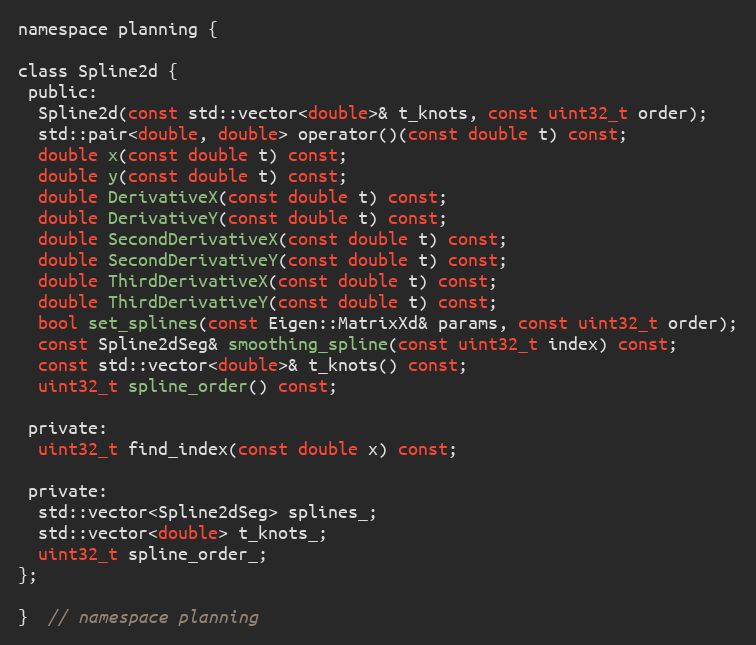
Language: C
namespace planning {

class Spline2d {
 public:
  Spline2d(const std::vector<double>& t_knots, const uint32_t order);
  std::pair<double, double> operator()(const double t) const;
  double x(const double t) const;
  double y(const double t) const;
  double DerivativeX(const double t) const;
  double DerivativeY(const double t) const;
  double SecondDerivativeX(const double t) const;
  double SecondDerivativeY(const double t) const;
  double ThirdDerivativeX(const double t) const;
  double ThirdDerivativeY(const double t) const;
  bool set_splines(const Eigen::MatrixXd& params, const uint32_t order);
  const Spline2dSeg& smoothing_spline(const uint32_t index) const;
  const std::vector<double>& t_knots() const;
  uint32_t spline_order() const;

 private:
  uint32_t find_index(const double x) const;

 private:
  std::vector<Spline2dSeg> splines_;
  std::vector<double> t_knots_;
  uint32_t spline_order_;
};

}  // namespace planning